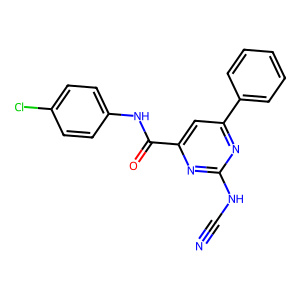
SMILES: N#CNc1nc(C(=O)Nc2ccc(Cl)cc2)cc(-c2ccccc2)n1
Inhibits HIV replication: No